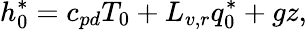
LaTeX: h_{0}^{*}=c_{pd}T_{0}+L_{v,r}q_{0}^{*}+gz,